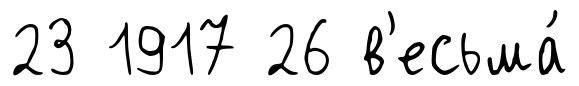
23 1917 26 в'есьма́